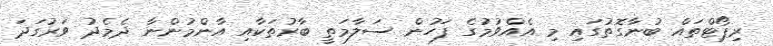
ރިޕޯޓްތައް ބުނާގޮތުގައި މި އެއްވުމުގެ ފަހުން ސަލާމަތީ ބާރުތަކާއި އާންމުންނާ ދެމެދު ވަރުގަދަ